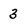
Character: 3